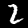
Digit: 2